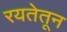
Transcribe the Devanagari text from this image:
रयतेतून